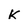
Character: K